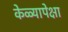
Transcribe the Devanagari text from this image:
केळ्यापेक्षा